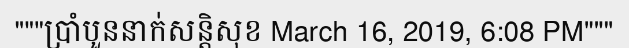
"""ប្រាំបួននាក់សន្តិសុខ March 16, 2019, 6:08 PM"""